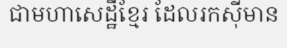
ជាមហាសេដ្ឋីខ្មែរ ដែលរកស៊ីមាន